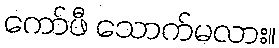
ကော်ဖီ သောက်မလား။